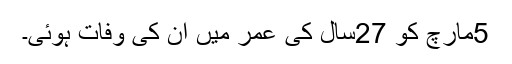
5مارچ کو 27سال کی عمر میں ان کی وفات ہوئی۔